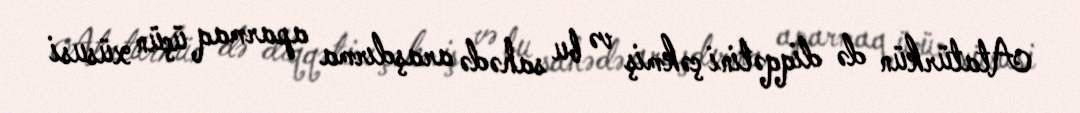
Atatürkün də diqqətini çəkmiş və bu sahədə araşdırma aparmaq üçün xüsusi